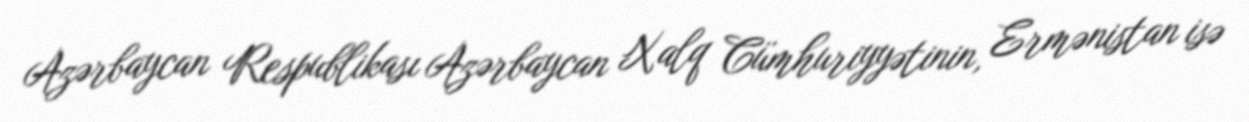
Azərbaycan Respublikası Azərbaycan Xalq Cümhuriyyətinin, Ermənistan isə